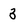
Character: 3